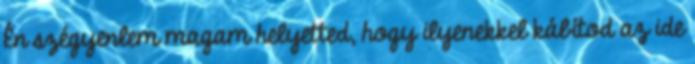
Én szégyenlem magam helyetted, hogy ilyenekkel kábítod az ide